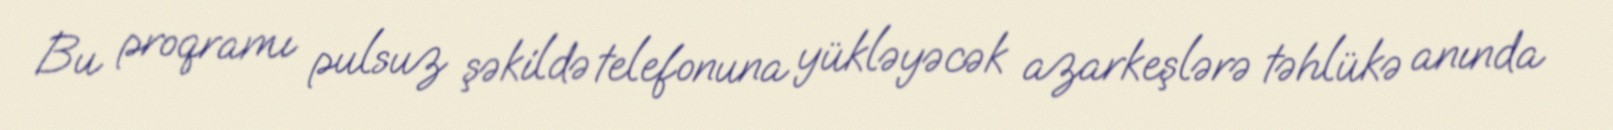
Bu proqramı pulsuz şəkildə telefonuna yükləyəcək azarkeşlərə təhlükə anında